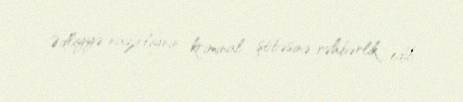
Ədliyyə nazirliynin kriminal şöbəsinə rəhbərlik edib.